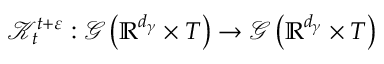
\mathcal { K } _ { t } ^ { t + \varepsilon } : \mathcal { G } \left( \mathbb { R } ^ { d _ { \gamma } } \times T \right) \rightarrow \mathcal { G } \left( \mathbb { R } ^ { d _ { \gamma } } \times T \right)